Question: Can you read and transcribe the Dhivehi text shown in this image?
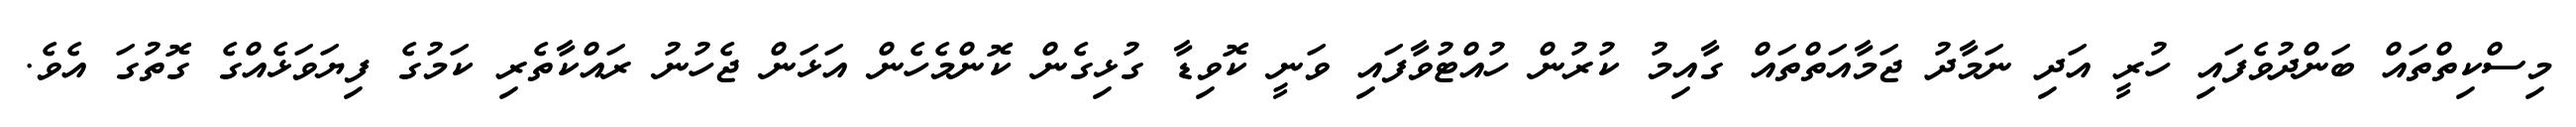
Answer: މިސްކިތްތައް ބަންދުވެފައި ހުރީ އަދި ނަމާދު ޖަމާއަތްތައް ގާއިމު ކުރުން ހުއްޓުވާފައި ވަނީ ކޮވިޑާ ގުޅިގެން ކޮންމެހެން އަޅަން ޖެހުނު ރައްކާތެރި ކަމުގެ ފިޔަވަޅެއްގެ ގޮތުގަ އެވެ.